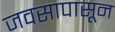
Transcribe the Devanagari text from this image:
जवसापासून